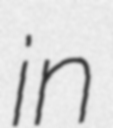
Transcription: in